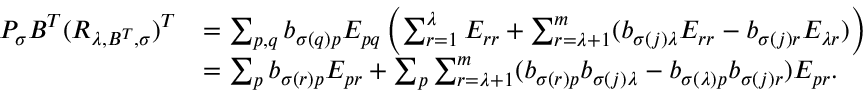
\begin{array} { r l } { P _ { \sigma } B ^ { T } ( R _ { \lambda , B ^ { T } , \sigma } ) ^ { T } } & { = \sum _ { p , q } b _ { \sigma ( q ) p } E _ { p q } \left( \sum _ { r = 1 } ^ { \lambda } E _ { r r } + \sum _ { r = \lambda + 1 } ^ { m } ( b _ { \sigma ( j ) \lambda } E _ { r r } - b _ { \sigma ( j ) r } E _ { \lambda r } ) \right) } \\ & { = \sum _ { p } b _ { \sigma ( r ) p } E _ { p r } + \sum _ { p } \sum _ { r = \lambda + 1 } ^ { m } ( b _ { \sigma ( r ) p } b _ { \sigma ( j ) \lambda } - b _ { \sigma ( \lambda ) p } b _ { \sigma ( j ) r } ) E _ { p r } . } \end{array}